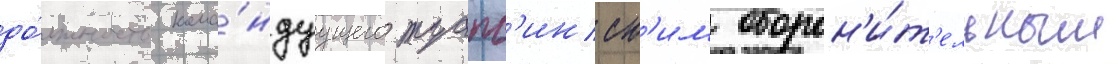
до́лжность кома́ндуущего туапс'инск'им оборон'и́т'ельным